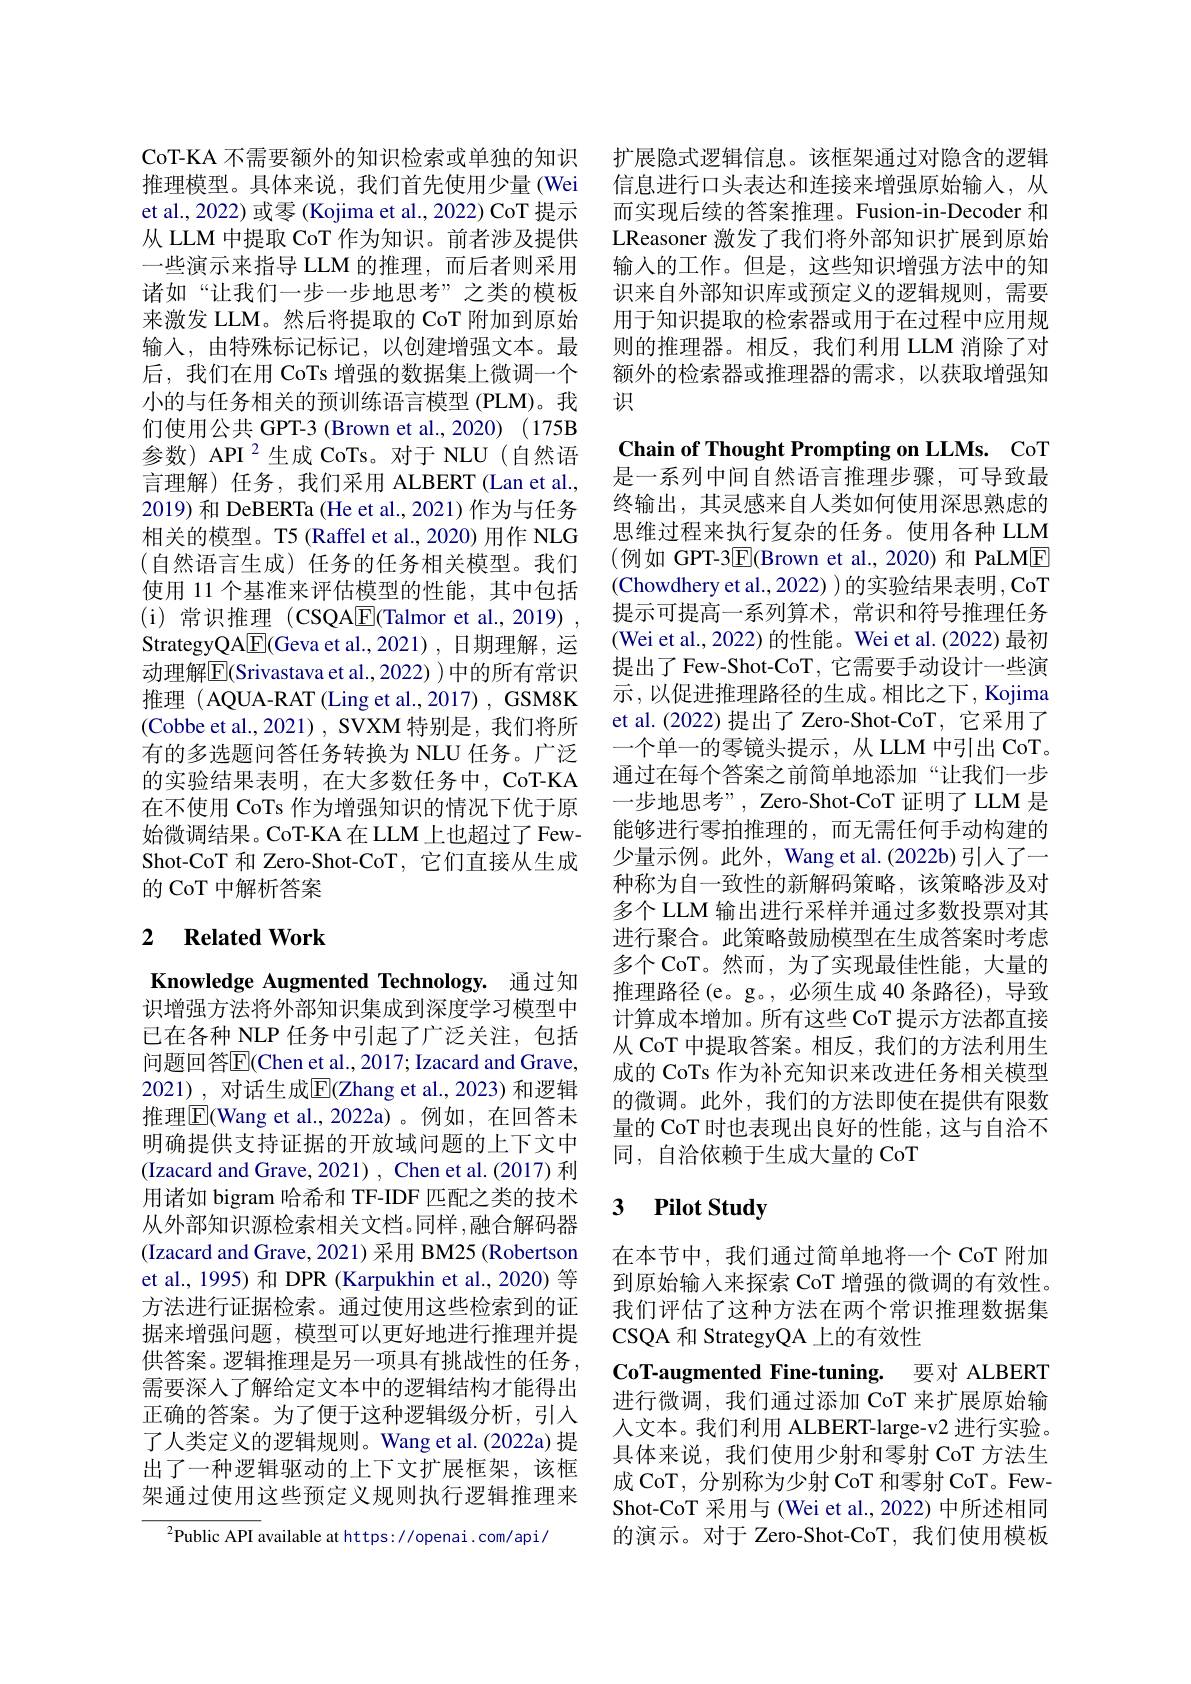
CoT-KA 不需要额外的知识检索或单独的知识推理模型。具体来说，我们首先使用少量(Wei et al., 2022) 或零 (Kojima et al., 2022) CoT 提示从 LLM 中提取 CoT 作为知识。前者涉及提供一些演示来指导 LLM 的推理，而后者则采用诸如“让我们一步一步地思考”之类的模板来激发 LLM。然后将提取的 CoT 附加到原始输入，由特殊标记标记，以创建增强文本。最后，我们在用 CoTs 增强的数据集上微调一个小的与任务相关的预训练语言模型 (PLM)。我们使用公共 GPT-3 (Brown et al., 2020) (175B 参数) API $^{2}$生成 CoTs。对于 NLU(自然语言理解)任务，我们采用 ALBERT(Lan et al., 2019) 和 DeBERTa (He et al., 2021) 作为与任务相关的模型。T5 (Raffel et al., 2020) 用作 NLG (自然语言生成)任务的任务相关模型。我们使用 11 个基准来评估模型的性能，其中包括(i)常识推理 (CSQAE(Talmor et al.,2019) , StrategyQA[E](Geva et al.,2021),日期理解，运动理解$\overline{\mathrm{E}}($Srivastava et al., 2022) ) 中的所有常识推理(AQUA-RAT(Ling et al.,2017),GSM8K (Cobbe et al., 2021) , SVXM 特别是，我们将所有的多选题问答任务转换为 NLU 任务。广泛的实验结果表明，在大多数任务中，CoT-KA 在不使用 CoTs 作为增强知识的情况下优于原始微调结果。CoT-KA 在 LLM 上也超过了 FewShot-CoT 和 Zero-Shot-CoT, 它们直接从生成的 CoT 中解析答案

## 2 $\textbf{Related Work}$

Knowledge Augmented Technology. 通过知识增强方法将外部知识集成到深度学习模型中已在各种 NLP 任务中引起了广泛关注，包括问题回答$\overline{\mathrm{E}}($Chen et al., 2017; Izacard and Grave, 2021),对话生成E$( Zhang et al. , 2023)$ 和逻辑推理$\boxed{\mathrm{F}}($Wang et al.,2022a)。例如，在回答未明确提供支持证据的开放域问题的上下文中(Izacard and Grave, 2021) , Chen et al.(2017) 利用诸如 bigram 哈希和 TF-IDF 匹配之类的技术从外部知识源检索相关文档。同样，融合解码器(Izacard and Grave, 2021) 采用 BM25 (Robertson et al., 1995) 和 DPR (Karpukhin et al., 2020) 等方法进行证据检索。通过使用这些检索到的证据来增强问题，模型可以更好地进行推理并提供答案。逻辑推理是另一项具有挑战性的任务， 需要深入了解给定文本中的逻辑结构才能得出正确的答案。为了便于这种逻辑级分析，引入了人类定义的逻辑规则。Wang et al.(2022a) 提出了一种逻辑驱动的上下文扩展框架，该框架通过使用这些预定义规则执行逻辑推理来

$^{2}$Public API available at https://openai.com/api/

扩展隐式逻辑信息。该框架通过对隐含的逻辑信息进行口头表达和连接来增强原始输入，从而实现后续的答案推理。Fusion-in-Decoder 和LReasoner 激发了我们将外部知识扩展到原始输入的工作。但是，这些知识增强方法中的知识来自外部知识库或预定义的逻辑规则，需要用于知识提取的检索器或用于在过程中应用规则的推理器。相反，我们利用 LLM 消除了对额外的检索器或推理器的需求，以获取增强知识

Chain of Thought Prompting on LLMs. CoT 是一系列中间自然语言推理步骤，可导致最

终输出，其灵感来自人类如何使用深思熟虑的思维过程来执行复杂的任务。使用各种 LLM (例如 GPT-3$\boxed{\mathrm{F}}($Brown et al.,2020) 和 PaLME (Chowdhery et al., 2022) )的实验结果表明 , CoT 提示可提高一系列算术，常识和符号推理任务(Wei et al., 2022) 的性能。Wei et al. (2022) 最初提出了 Few-Shot-CoT, 它需要手动设计一些演示，以促进推理路径的生成。相比之下，Kojima et al.(2022)提出了 Zero-Shot-CoT, 它采用了一个单一的零镜头提示，从 LLM 中引出 CoT。通过在每个答案之前简单地添加“让我们一步一步地思考”, Zero-Shot-CoT 证明了 LLM 是能够进行零拍推理的，而无需任何手动构建的少量示例。此外，Wang et al.(2022b) 引入了一种称为自一致性的新解码策略，该策略涉及对多个 LLM 输出进行采样并通过多数投票对其进行聚合。此策略鼓励模型在生成答案时考虑多个 CoT。然而，为了实现最佳性能，大量的推理路径(e。g。,必须生成 40 条路径),导致计算成本增加。所有这些 CoT 提示方法都直接从 CoT 中提取答案。相反，我们的方法利用生成的 CoTs 作为补充知识来改进任务相关模型的微调。此外，我们的方法即使在提供有限数量的 CoT 时也表现出良好的性能，这与自洽不同，自洽依赖于生成大量的 CoT

## 3 $\textbf{Pilot Studw}$

在本节中，我们通过简单地将一个 CoT 附加到原始输入来探索 CoT 增强的微调的有效性。我们评估了这种方法在两个常识推理数据集CSQA 和 StrategyQA 上的有效性
CoT-augmented Fine-tuning. 要对 ALBERT 进行微调，我们通过添加 CoT 来扩展原始输人文本。我们利用 ALBERT-large-v2 进行实验。具体来说，我们使用少射和零射 CoT 方法生成 CoT, 分别称为少射 CoT 和零射 CoT。FewShot-CoT 采用与 (Wei et al., 2022) 中所述相同的演示。对于 Zero-Shot-CoT,我们使用模板